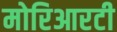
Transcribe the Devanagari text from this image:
मोरिआरटी